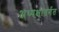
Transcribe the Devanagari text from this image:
अध्यक्षांतर्गत